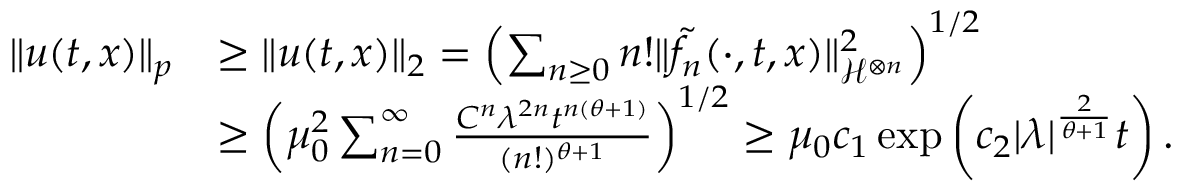
\begin{array} { r l } { \Vert u ( t , x ) \Vert _ { p } } & { \ge \Vert u ( t , x ) \Vert _ { 2 } = \left( \sum _ { n \ge 0 } n ! \Vert \tilde { f _ { n } } ( \cdot , t , x ) \Vert _ { \mathcal { H } ^ { \otimes n } } ^ { 2 } \right) ^ { 1 / 2 } } \\ & { \ge \left( \mu _ { 0 } ^ { 2 } \sum _ { n = 0 } ^ { \infty } \frac { C ^ { n } \lambda ^ { 2 n } t ^ { n ( \theta + 1 ) } } { ( n ! ) ^ { \theta + 1 } } \right) ^ { 1 / 2 } \ge \mu _ { 0 } c _ { 1 } \exp \left( c _ { 2 } | \lambda | ^ { \frac { 2 } { \theta + 1 } } t \right) . } \end{array}